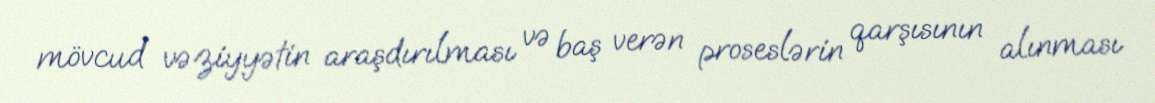
mövcud vəziyyətin araşdırılması və baş verən proseslərin qarşısının alınması